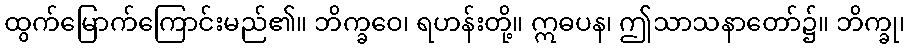
ထွက်မြောက်ကြောင်းမည်၏။ ဘိက္ခဝေ၊ ရဟန်းတို့။ ဣဓပန၊ ဤသာသနာတော်၌။ ဘိက္ခု၊